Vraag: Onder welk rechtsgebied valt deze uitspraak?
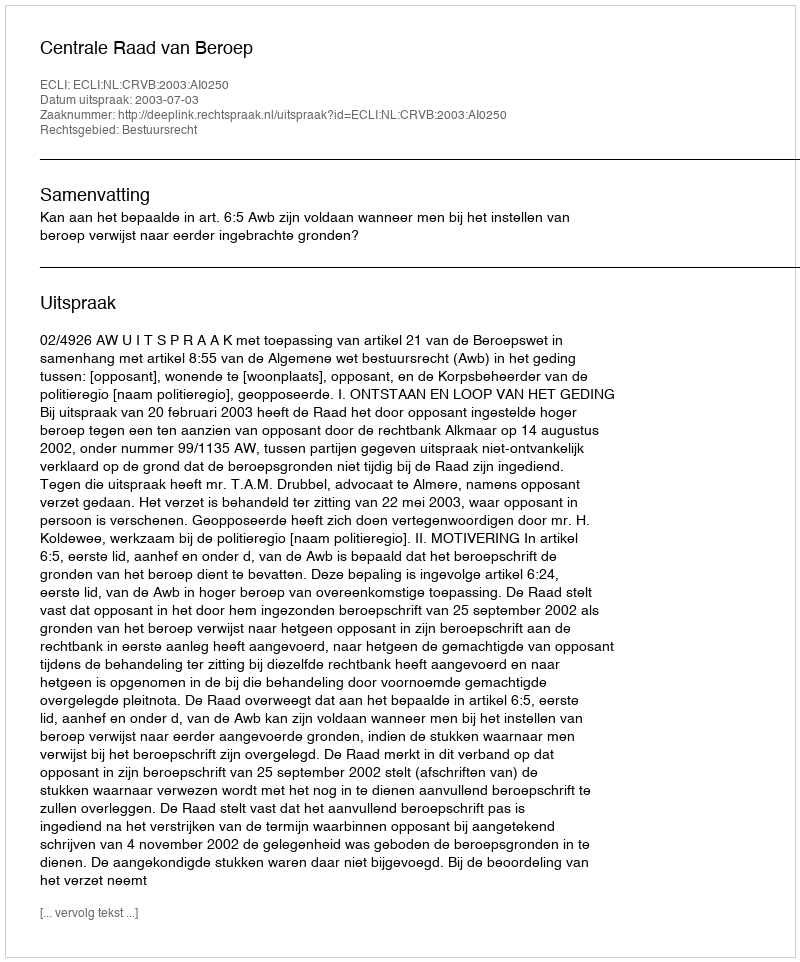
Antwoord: Bestuursrecht